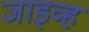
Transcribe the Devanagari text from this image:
जाइव्ह